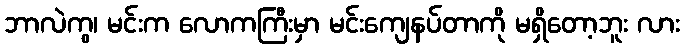
ဘာလဲကွ၊ မင်းက လောကကြီးမှာ မင်းကျေနပ်တာကို မရှိတော့ဘူး လား